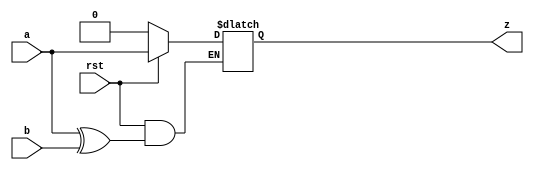
module muller_C(a,b,rst,z);
  input a;
  input b;
  input rst;
  output reg z;
  always@(*)
  begin
    if(!rst)
      z<=0;
    else
      z<=(a^b)?z:a; 
  end
endmodule